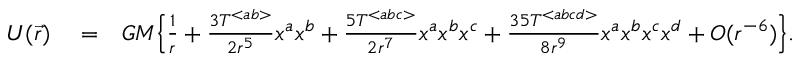
\begin{array} { r l r } { U ( \vec { r } ) } & { { } = } & { G M \Big \{ \frac { 1 } { r } + \frac { 3 { \cal T } ^ { < a b > } } { 2 r ^ { 5 } } x ^ { a } x ^ { b } + \frac { 5 { \cal T } ^ { < a b c > } } { 2 r ^ { 7 } } x ^ { a } x ^ { b } x ^ { c } + \frac { 3 5 { \cal T } ^ { < a b c d > } } { 8 r ^ { 9 } } x ^ { a } x ^ { b } x ^ { c } x ^ { d } + { \cal O } ( r ^ { - 6 } ) \Big \} . } \end{array}